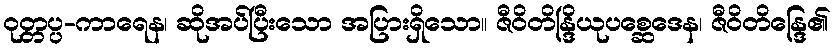
ဝုတ္တပ္ပ-ကာရေန၊ ဆိုအပ်ပြီးသော အပြားရှိသော။ ဇီဝိတိန္ဒြိယုပစ္ဆေဒေန၊ ဇီဝိတိန္ဒြေ၏